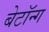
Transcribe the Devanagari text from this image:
बेटॉन्ग